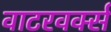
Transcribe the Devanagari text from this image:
वाटरवर्क्स